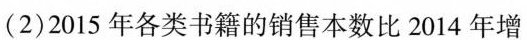
(2)2015年各类书籍的销售本数比2014年增